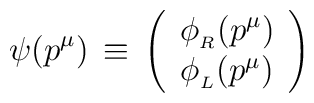
\psi(p^\mu)\,\equiv\,\left(\begin{array}{c}\phi_{_R}(p^\mu)\\\phi_{_L}(p^\mu)\end{array}\right)